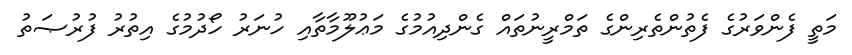
މަތީ ފެންވަރުގެ ފެތުންތެރިންގެ ތަމްރީނުތައް ގެންދިއުމުގެ މަޢުލޫމާތާއި ހުނަރު ހޯދުމުގެ އިތުރު ފުރުޞަތު